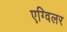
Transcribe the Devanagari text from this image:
एग्विलर